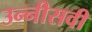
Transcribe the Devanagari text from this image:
उन्‍नीसवी